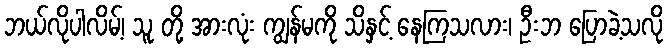
ဘယ်လိုပါလိမ့်၊ သူ တို့ အားလုံး ကျွန်မကို သိနှင့် နေကြသလား၊ ဦးဘ ပြောခဲ့သလို